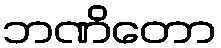
ဘဏိတော